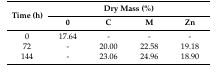
<table><thead><tr><td rowspan="2"><b>Time (h)</b></td><td colspan="4"><b>Dry Mass (%)</b></td></tr><tr><td><b>0</b></td><td><b>C</b></td><td><b>M</b></td><td><b>Zn</b></td></tr></thead><tbody><tr><td>0</td><td>17.64</td><td>-</td><td>-</td><td>-</td></tr><tr><td>72</td><td>-</td><td>20.00</td><td>22.58</td><td>19.18</td></tr><tr><td>144</td><td>-</td><td>23.06</td><td>24.96</td><td>18.90</td></tr></tbody></table>